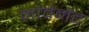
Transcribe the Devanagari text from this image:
मोवेमेंट